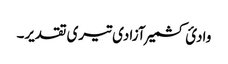
وادئ کشمیر آزادی تیری تقدیر۔